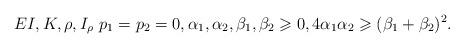
LaTeX: \begin{align*} EI, K, \rho, I_{\rho} \ p_1 = p_2 = 0, \alpha_1, \alpha_2, \beta_1, \beta_2 \geqslant 0, 4 \alpha_1 \alpha_2 \geqslant (\beta_1 + \beta_2)^2.\end{align*}